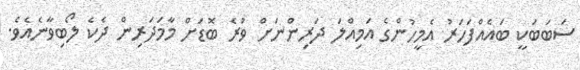
ސަބަބަކީ ބައެއްފަހަރު އެމީހުންގެ އަމިއްލަ ދަރިންނަށް ވުރެ ބޮޑަށް މާމަދަރިން ދެކެ ލޯބިވާނެއެވެ.